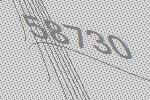
58730